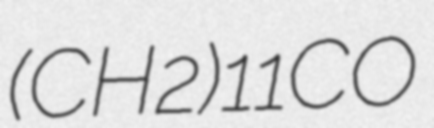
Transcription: (CH2)11CO